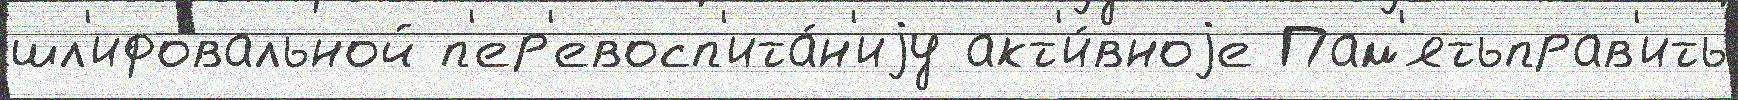
шл'ифовальной п'ер'евосп'ита́н'иjу акт'и́вноjе Пам'ятьправ'ить